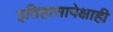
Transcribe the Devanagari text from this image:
इतिहासापेक्षाही